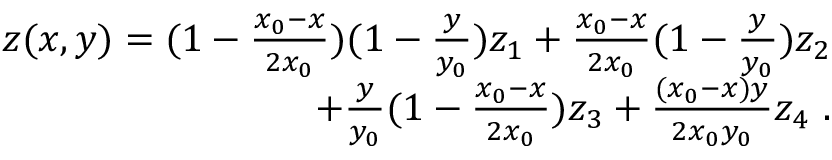
\begin{array} { r } { z ( x , y ) = ( 1 - \frac { x _ { 0 } - x } { 2 x _ { 0 } } ) ( 1 - \frac { y } { y _ { 0 } } ) z _ { 1 } + \frac { x _ { 0 } - x } { 2 x _ { 0 } } ( 1 - \frac { y } { y _ { 0 } } ) z _ { 2 } } \\ { + \frac { y } { y _ { 0 } } ( 1 - \frac { x _ { 0 } - x } { 2 x _ { 0 } } ) z _ { 3 } + \frac { ( x _ { 0 } - x ) y } { 2 x _ { 0 } y _ { 0 } } z _ { 4 } \ . } \end{array}